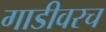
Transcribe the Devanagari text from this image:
गाडीवरच